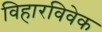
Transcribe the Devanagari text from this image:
विहारविवेक